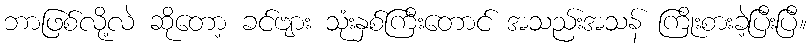
ဘာဖြစ်လို့လဲ ဆိုတော့ ခင်ဗျား သုံးနှစ်ကြီးတောင် အသည်းအသန် ကြိုးစားခဲ့ပြီးပြီ။